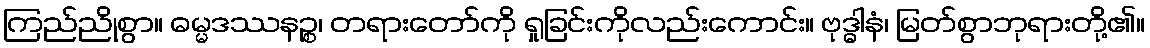
ကြည်ညိုစွာ။ ဓမ္မဒဿနဉ္စ၊ တရားတော်ကို ရှုခြင်းကိုလည်းကောင်း။ ဗုဒ္ဓါနံ၊ မြတ်စွာဘုရားတို့၏။